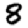
Digit: 8